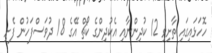
ހޮހަޅައިގައި ތާށިވި 12 ކުދިންނާއި އެކުދިންގެ ކޯޗް އޭގެ 18 ދުވަސްފަހުން ފެށި